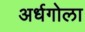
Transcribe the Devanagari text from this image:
अर्धगोला